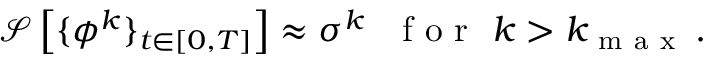
\begin{array} { r } { \mathcal { S } \left[ \{ { \phi } ^ { k } \} _ { t \in [ 0 , T ] } \right] \approx \sigma ^ { k } ~ ~ \mathrm { ~ f ~ o ~ r ~ } ~ k > k _ { \mathrm { ~ m ~ a ~ x ~ } } \, . } \end{array}